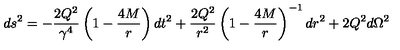
d s ^ { 2 } = - \frac { 2 Q ^ { 2 } } { \gamma ^ { 4 } } \left( 1 - \frac { 4 M } { r } \right) d t ^ { 2 } + \frac { 2 Q ^ { 2 } } { r ^ { 2 } } \left( 1 - \frac { 4 M } { r } \right) ^ { - 1 } d r ^ { 2 } + 2 Q ^ { 2 } d \Omega ^ { 2 }